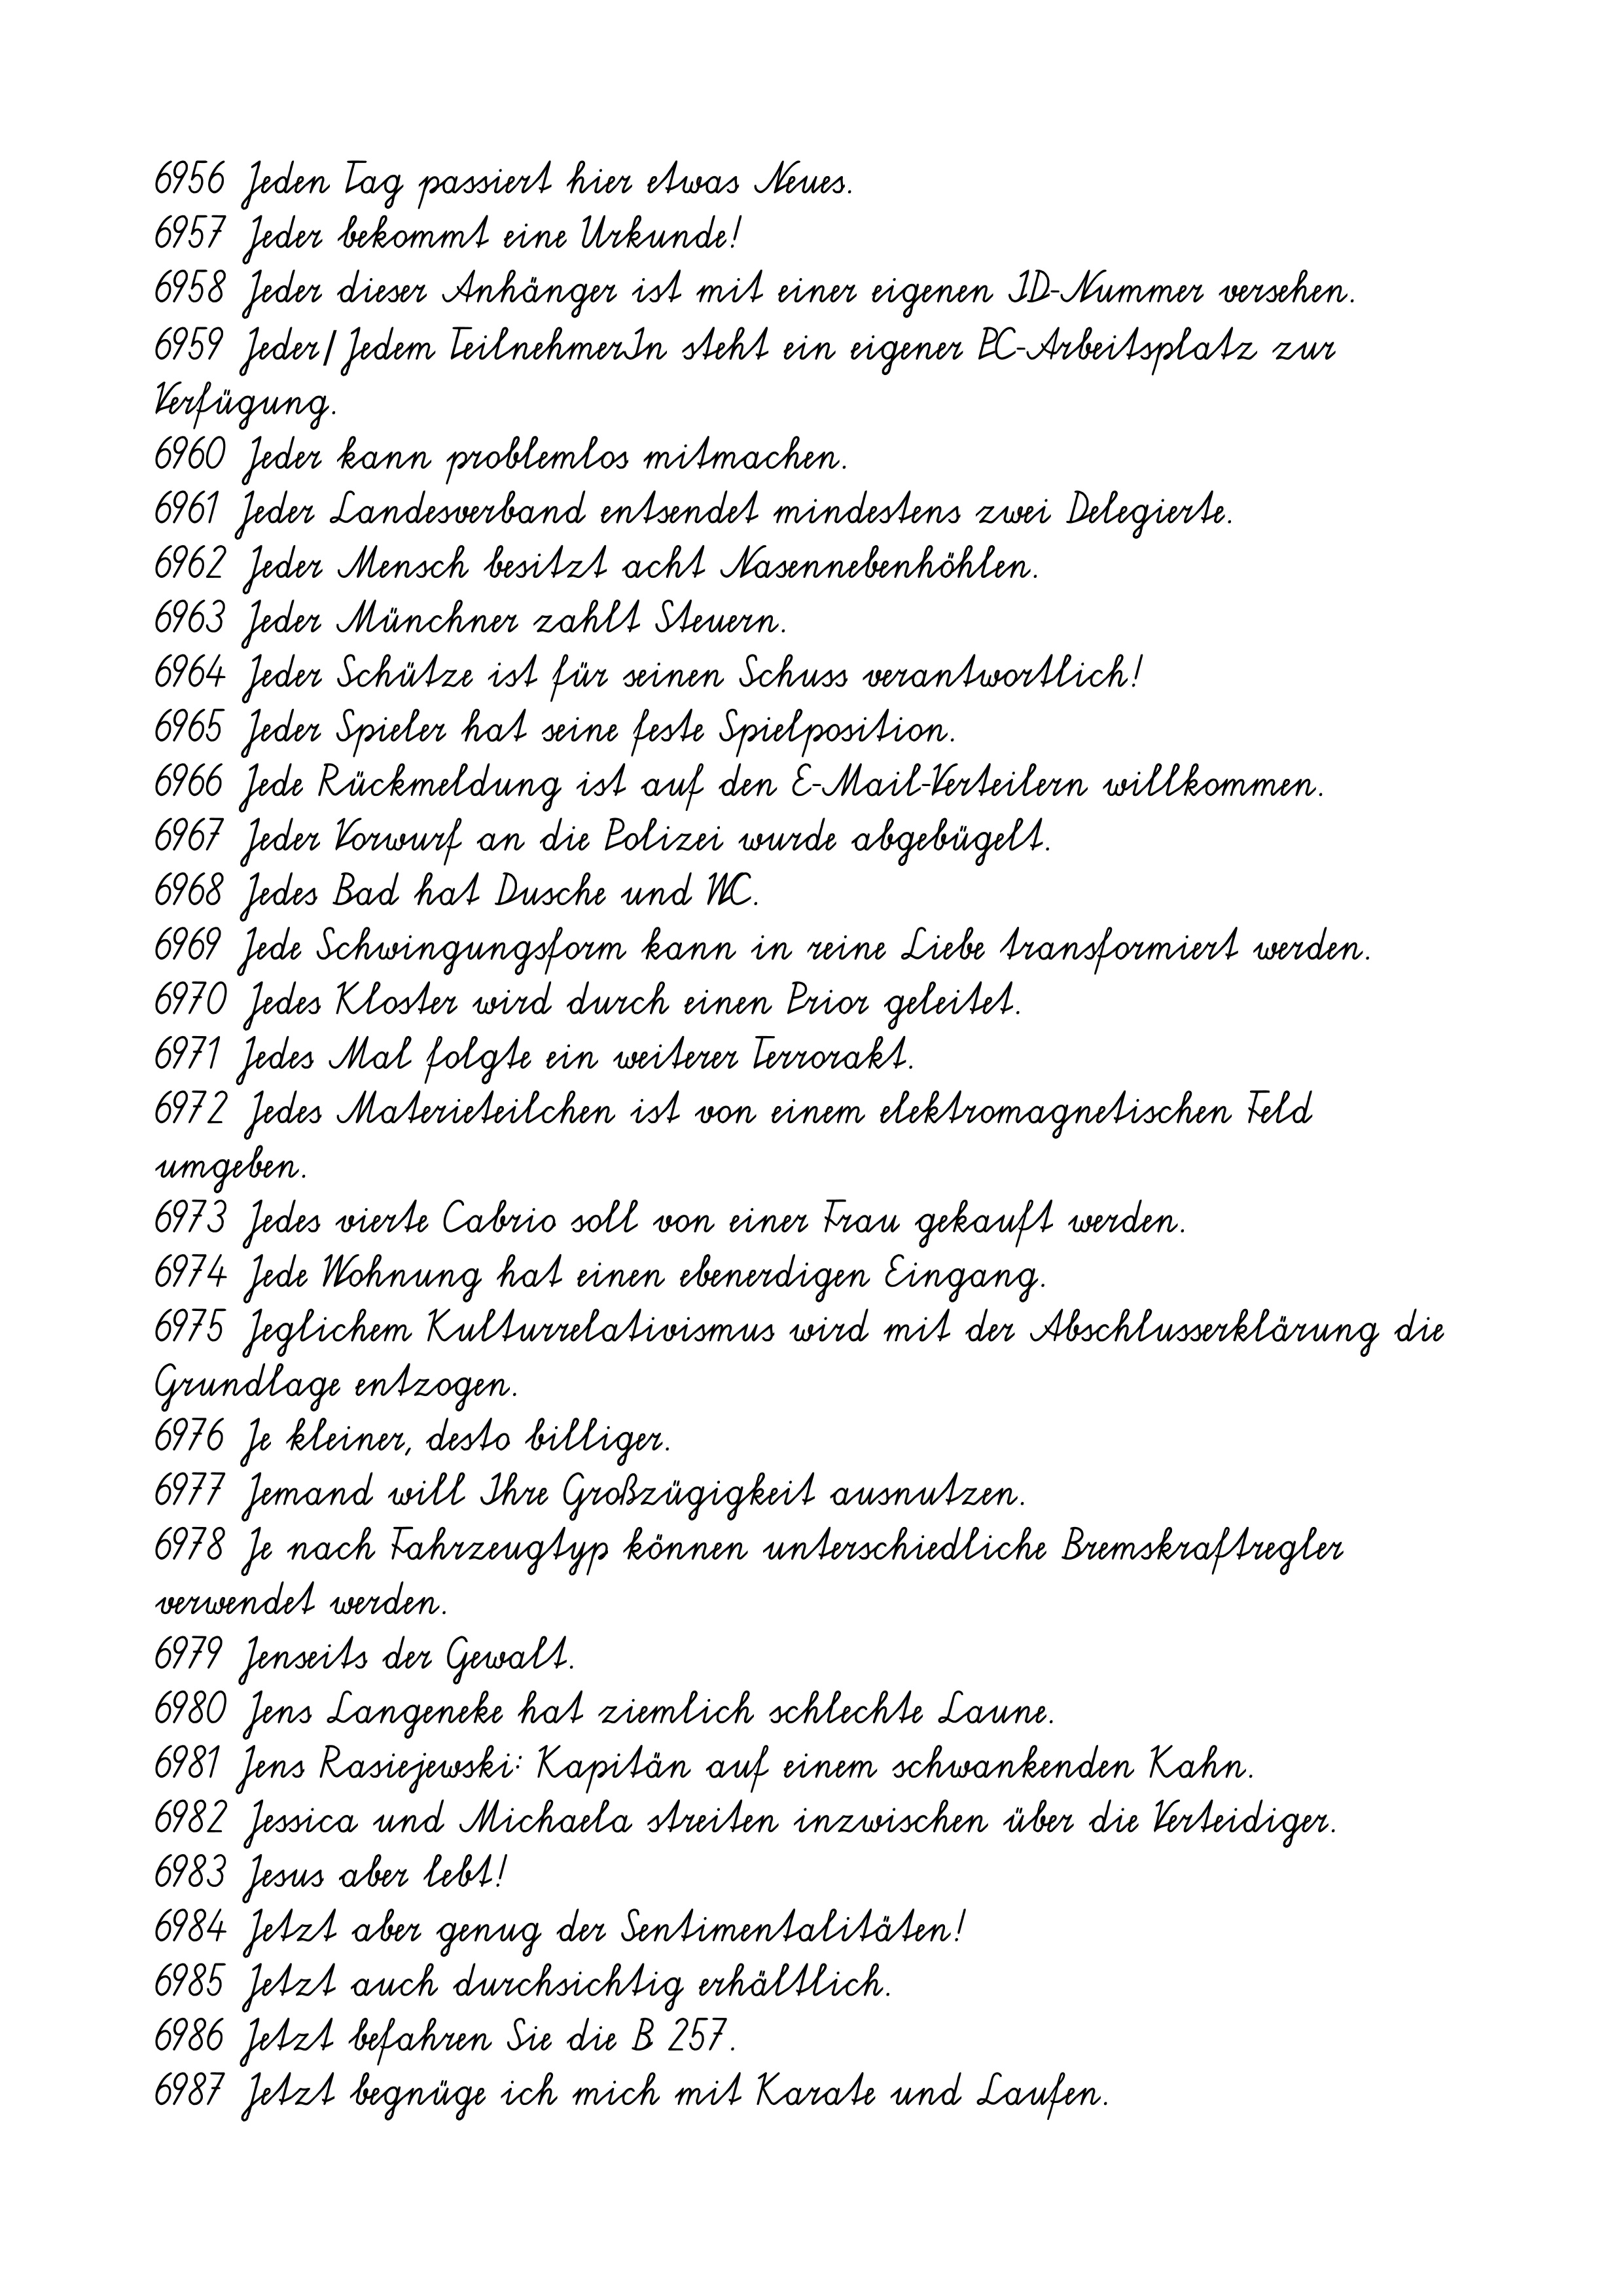
6956 Jeden Tag passiert hier etwas Neues.
6957 Jeder bekommt eine Urkunde!
6958 Jeder dieser Anhänger ist mit einer eigenen ID-Nummer versehen.
6959 Jeder/Jedem TeilnehmerIn steht ein eigener PC-Arbeitsplatz zur
Verfügung.
6960 Jeder kann problemlos mitmachen.
6961 Jeder Landesverband entsendet mindestens zwei Delegierte.
6962 Jeder Mensch besitzt acht Nasennebenhöhlen.
6963 Jeder Münchner zahlt Steuern.
6964 Jeder Schütze ist für seinen Schuss verantwortlich!
6965 Jeder Spieler hat seine feste Spielposition.
6966 Jede Rückmeldung ist auf den E-Mail-Verteilern willkommen.
6967 Jeder Vorwurf an die Polizei wurde abgebügelt.
6968 Jedes Bad hat Dusche und WC.
6969 Jede Schwingungsform kann in reine Liebe transformiert werden.
6970 Jedes Kloster wird durch einen Prior geleitet.
6971 Jedes Mal folgte ein weiterer Terrorakt.
6972 Jedes Materieteilchen ist von einem elektromagnetischen Feld
umgeben.
6973 Jedes vierte Cabrio soll von einer Frau gekauft werden.
6974 Jede Wohnung hat einen ebenerdigen Eingang.
6975 Jeglichem Kulturrelativismus wird mit der Abschlusserklärung die
Grundlage entzogen.
6976 Je kleiner, desto billiger.
6977 Jemand will Ihre Großzügigkeit ausnutzen.
6978 Je nach Fahrzeugtyp können unterschiedliche Bremskraftregler
verwendet werden.
6979 Jenseits der Gewalt.
6980 Jens Langeneke hat ziemlich schlechte Laune.
6981 Jens Rasiejewski: Kapitän auf einem schwankenden Kahn.
6982 Jessica und Michaela streiten inzwischen über die Verteidiger.
6983 Jesus aber lebt!
6984 Jetzt aber genug der Sentimentalitäten!
6985 Jetzt auch durchsichtig erhältlich.
6986 Jetzt befahren Sie die B 257.
6987 Jetzt begnüge ich mich mit Karate und Laufen.